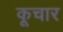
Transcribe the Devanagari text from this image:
कूचार